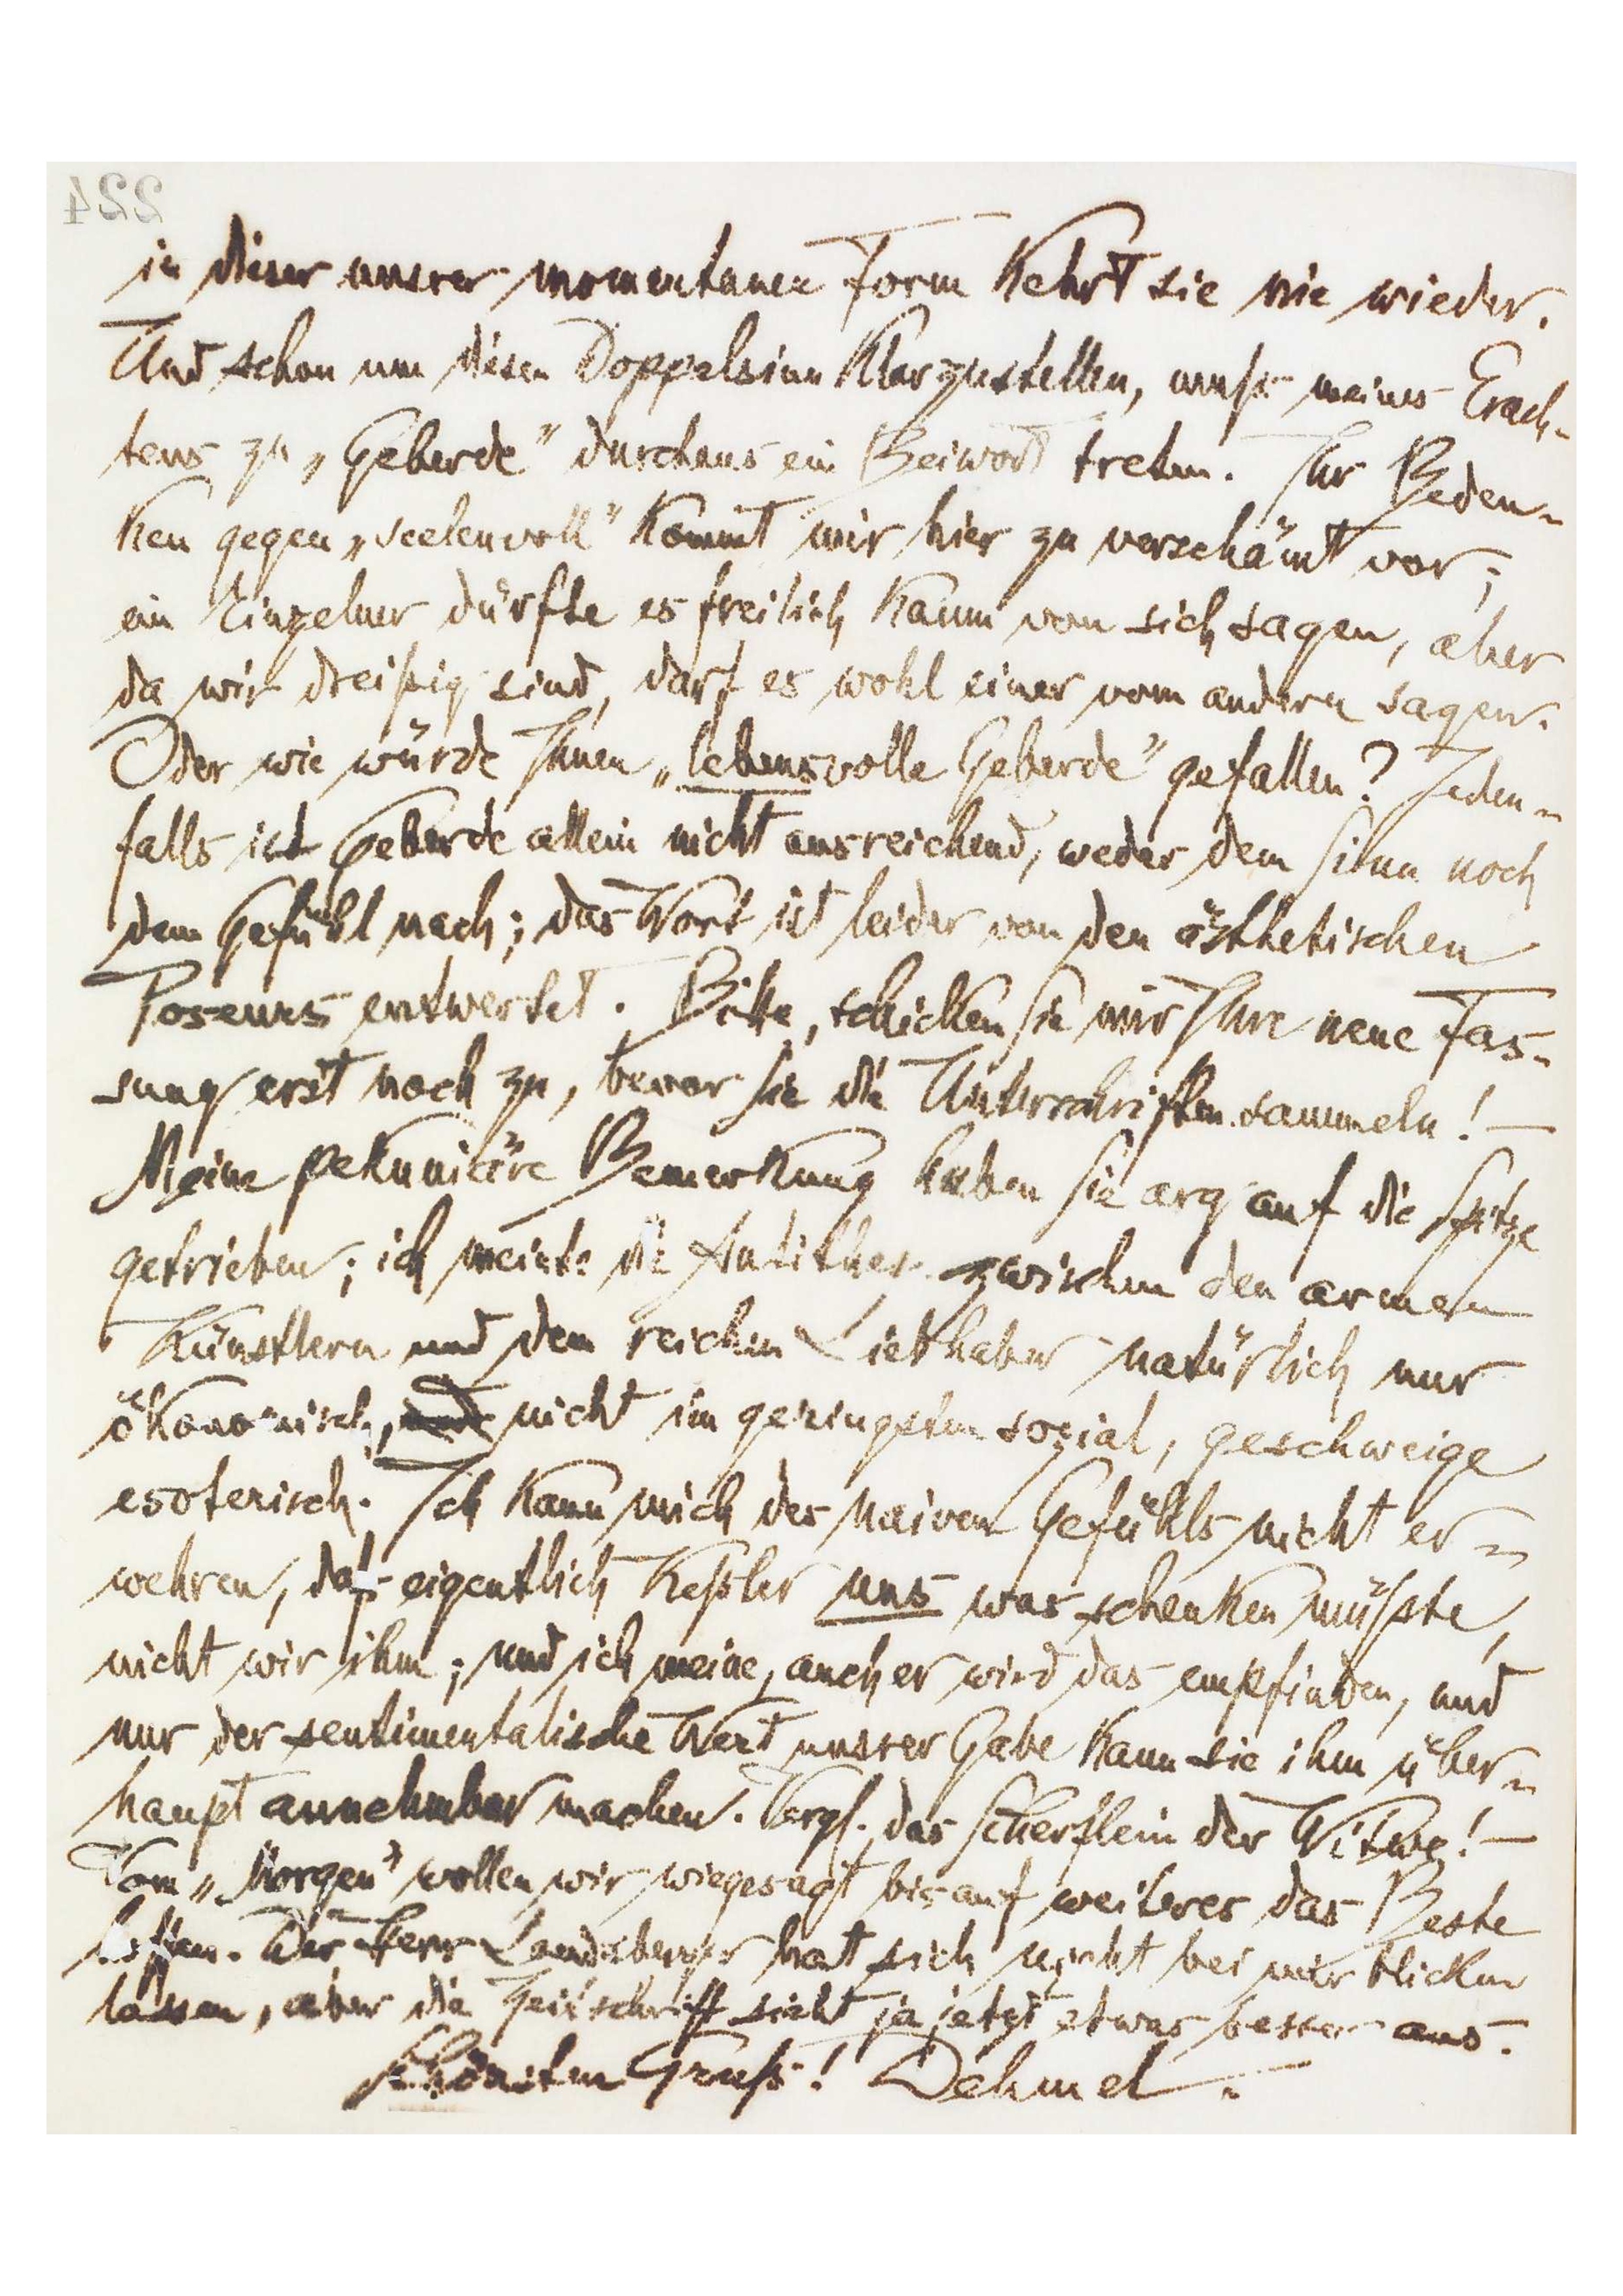
[422]
in dieser unsrer momentanen Form kehrt sie nie wieder.
Und schon diesen Doppelsinn klarzustellen, muß meines Erach-
tens zu „Geberde‟ durchaus ein Beiwort treten. Ihr Beden-
ken gegen „seelenvoll‟ kommt mir hier zu verschämt vor;
ein Einzelner dürfte es freilich kaum von sich sagen, aber
da wir dreißig sind, darf es wohl einer vom anderen sagen.
Oder wie würde Ihnen „lebensvolle Geberde‟ gefallen? Jeden-
falls ist Geberde allein nicht ausreichend, weder dem Sinn noch
dem Gefühl nach; das Wort ist leider von den ästhetischen
Poseurs entwertet. Bitte, schicken Sie mir Ihre neue Fas-
sung erst noch zu, bevor Sie die Unterschriften sammeln!
Meine pekuniäre Bemerkung haben Sie arg auf die Spitze
getrieben; ich meinte die Antithese zwischen den armen
 Künstlern und dem reichen Liebhaber natürlich nur
ökonomisch, und nicht im geringsten sozial, geschweige
esoterisch. Ich kann mich des naiven Gefühls nicht er-
wehren, daß eigentlich Keßler uns was schenken müßte,
nicht wir ihm; und ich meine, auch er wird das empfinden, und
nur der sentimentalische Wert unsrer Gabe kann sie ihm über-
haupt annehmbar machen. Vergl. das Scherflein der Witwe! –
Vom „Morgen‟ wollen wir wiegesagt bis auf weiteres das Beste
hoffen. Der Herr Landsberger hat sich nicht bei mir blicken
lassen, aber die Zeitschrift sieht ja jetzt etwas besser aus.
Schönsten Gruß! Dehmel.